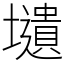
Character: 壝